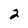
Character: 2